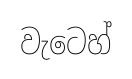
වැටෙහ්